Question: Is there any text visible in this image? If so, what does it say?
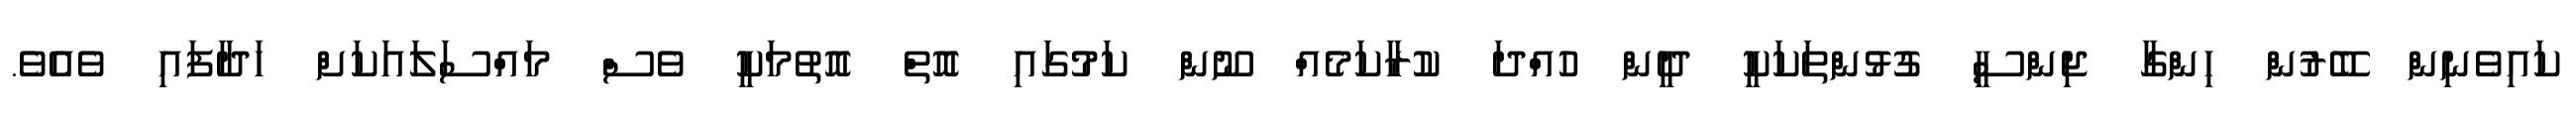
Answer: ކައިވެނިން ބޭރުން ހިންގާ ޖިންސީ ގުޅުންތަކަކީ ދީން ހުއްދަ ކުރާކަމެއް ނޫން ކަމުގައި އޮތް އޮތުމަކީ ވެސް މައްސަލައަކަށް ހަދާފައި ވެއެވެ.